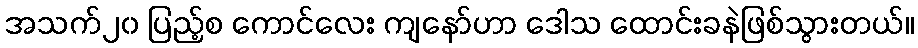
အသက်၂၀ ပြည့်စ ကောင်လေး ကျနော်ဟာ ဒေါသ ထောင်းခနဲဖြစ်သွားတယ်။